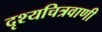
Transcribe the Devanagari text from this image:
दृश्यचित्रवाणी